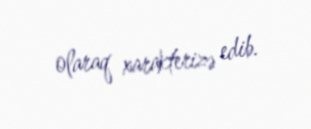
olaraq xarakterizə edib.